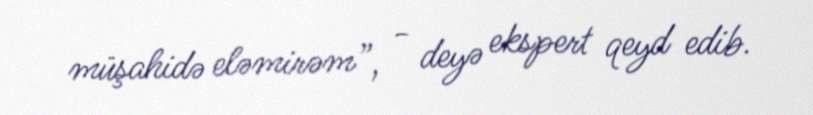
müşahidə eləmirəm”, - deyə ekspert qeyd edib.